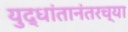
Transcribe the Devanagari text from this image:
युद्धांतानंतरच्या